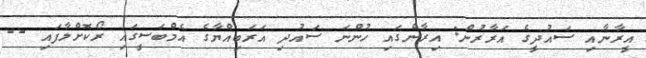
އީރާނާއި ސައުދީގެ އަރާރުން: އިރާންގައި ހުންނަ ސައުދި އަރަބިއްޔާގެ އެމްބަސީގައި ރޯކޮށްލާފައި --